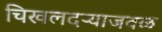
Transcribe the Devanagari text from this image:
चिखलदऱ्याजवळ